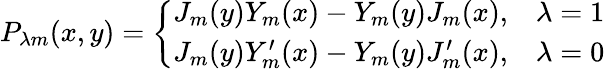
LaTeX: P_{\lambda m}(x,y)=\left\{ \begin{array}{ll}{{J_{m}(y)Y_{m}(x)-Y_{m}(y)J_{m}(x),}}&{{\lambda=1}}\\ {{J_{m}(y)Y_{m}^{\prime}(x)-Y_{m}(y)J_{m}^{\prime}(x),}}&{{\lambda=0}}\end{array}\right.